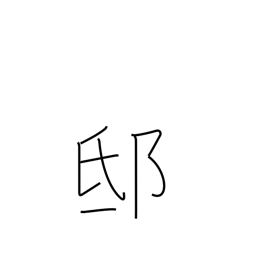
Meaning: mansion